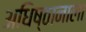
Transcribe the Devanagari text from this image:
अधिष्ठानाला